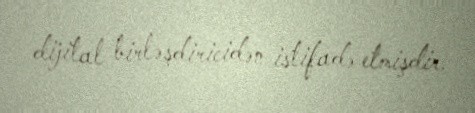
dijital birləşdiricidən istifadə etmişdir.